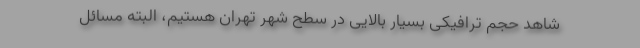
شاهد حجم ترافیکی بسیار بالایی در سطح شهر تهران هستیم، البته مسائل